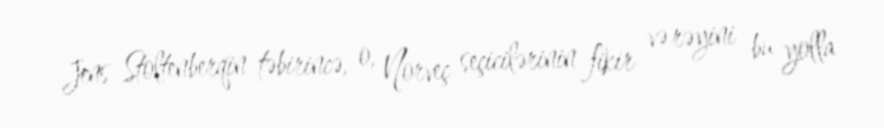
Jens Stoltenberqin təbirincə, o, Norveç seçicilərinin fikir və rəyini bu yolla